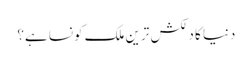
دنیا کا دلکش ترین ملک کونسا ہے؟